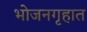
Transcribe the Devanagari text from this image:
भोजनगृहात